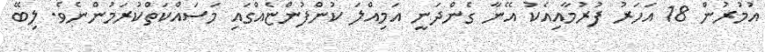
އުމުރުން 18 އަހަރު ފުރުމާއިއެކު އޭނާ ގެންދަނީ އަމިއްލަ ކުންފުންޏެއްގައި މަސައްކަތްކުރަމުންނެވެ. ލިބޭ